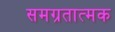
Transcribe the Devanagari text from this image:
समग्रतात्मक